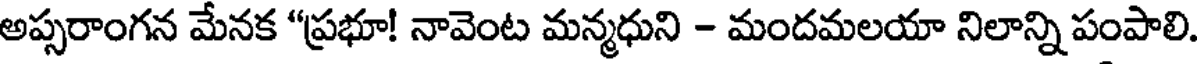
అప్సరాంగన మేనక "ప్రభూ! నావెంట మన్మధుని - మందమలయా నిలాన్ని పంపాలి.